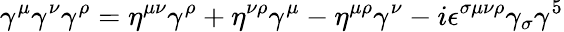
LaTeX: \gamma^{\mu}\gamma^{\nu}\gamma^{\rho}=\eta^{\mu\nu}\gamma^{\rho}+\eta^{\nu\rho}\gamma^{\mu}-\eta^{\mu\rho}\gamma^{\nu}-i\epsilon^{\sigma\mu\nu\rho}\gamma_{\sigma}\gamma^{5}